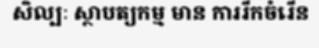
សិល្បៈ ស្ថាបត្យកម្ម មាន ការរីកចំរើន